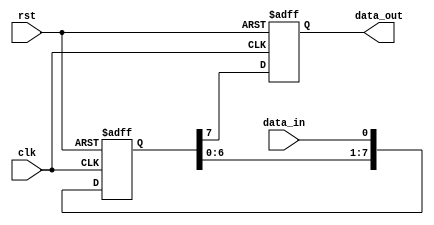
module shift_register(
    input wire clk,
    input wire rst,
    input wire data_in,
    output reg data_out
);

reg [7:0] shift_reg;

always @(posedge clk or posedge rst) begin
    if (rst) begin
        shift_reg <= 8'h00; // Reset the shift register
        data_out <= 1'b0;
    end else begin
        shift_reg <= {shift_reg[6:0], data_in}; // Shifting in the input data
        data_out <= shift_reg[7]; // Output data from the last flip-flop
    end
end

endmodule